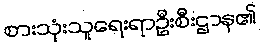
စားသုံးသူရေးရာဦးစီးဌာန၏